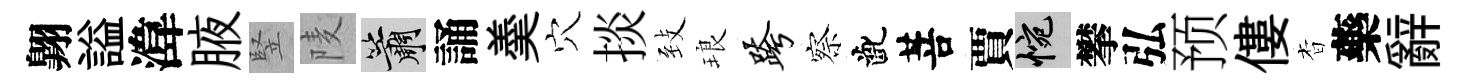
翺謚湋腋竪𨹧簫誦羮穴掞𦤺琅跨察齔菩賈惋攀弘预僂杳藥辭